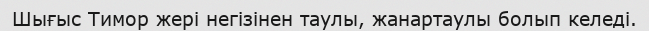
Шығыс Тимор жері негізінен таулы, жанартаулы болып келеді.